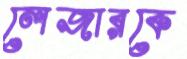
লেজারকে